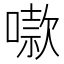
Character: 𫫬